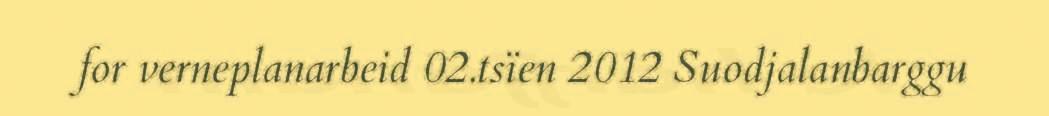
for verneplanarbeid 02.tsïen 2012 Suodjalanbarggu